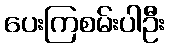
ပေးကြစမ်းပါဦး